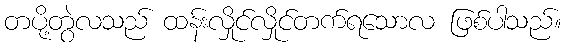
တပို့တွဲလသည် ထန်းလှိုင်လှိုင်တက်ရသောလ ဖြစ်ပါသည်။